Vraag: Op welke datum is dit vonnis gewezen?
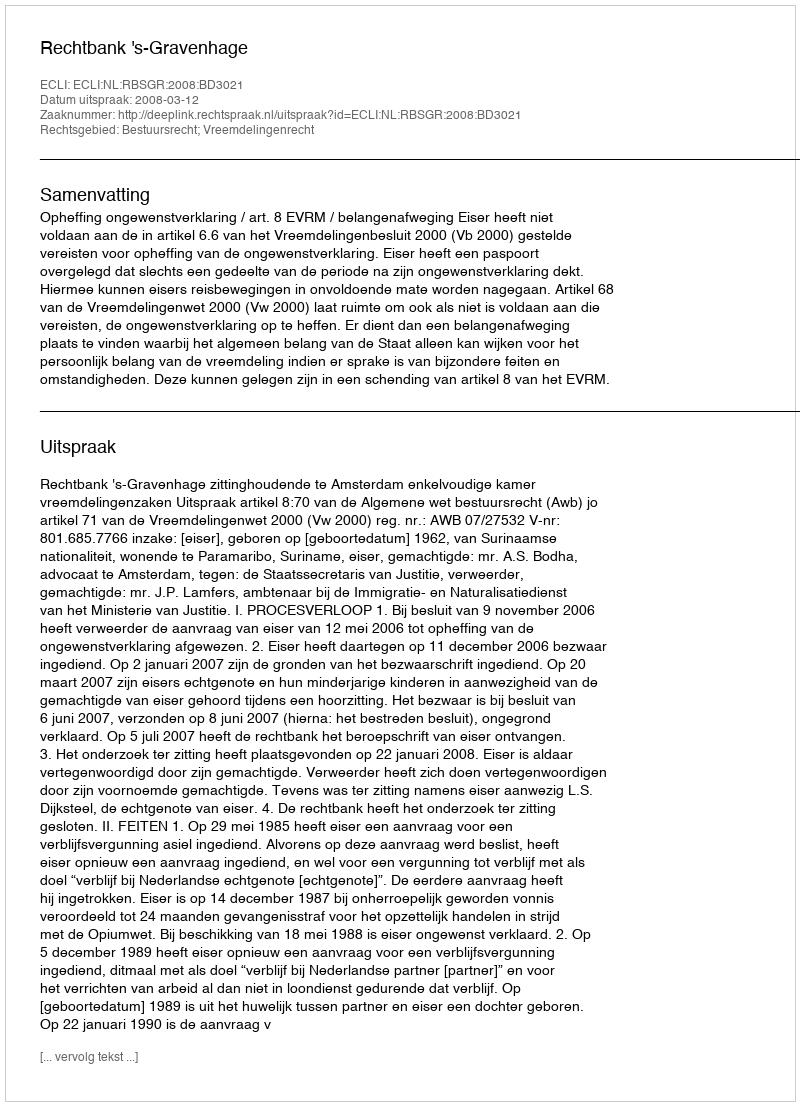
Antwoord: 2008-03-12